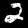
Digit: 2